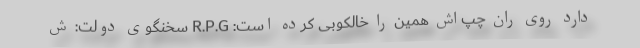
دارد روی ران چپ‌اش همین را خالکوبی کرده است: R.P.G سخنگوی دولت: ش